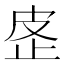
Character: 𰙢